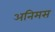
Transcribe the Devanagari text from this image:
अनिमस